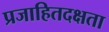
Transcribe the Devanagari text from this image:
प्रजाहितदक्षता